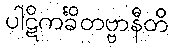
ပါဋိကင်္ခိတဗ္ဗာနီတိ